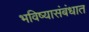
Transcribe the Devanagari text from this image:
भविष्यासंबंधात